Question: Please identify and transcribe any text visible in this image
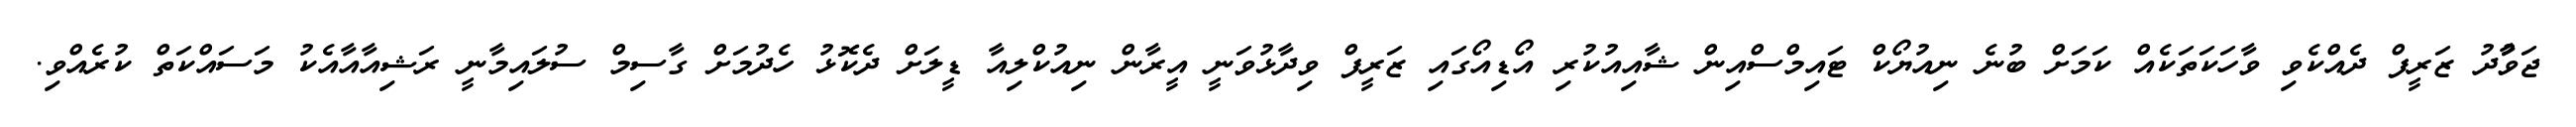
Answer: ޖަވާުދު ޒަރީފް ދެއްކެވި ވާހަކަތަކެއް ކަމަށް ބުނެ ނިއުޔޯކް ޓައިމްސްއިން ޝާއިއުކުރި އޯޑިއޯގައި ޒަރީފް ވިދާޅުވަނީ އީރާން ނިއުކްލިއާ ޑީލަށް ދެކޮޅު ހެދުމަށް ގާސިމް ސުލައިމާނީ ރަޝިއާއާއެކު މަސައްކަތް ކުރެއްވި.